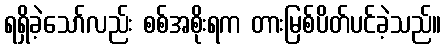
ရရှိခဲ့သော်လည်း စစ်အစိုးရက တားမြစ်ပိတ်ပင်ခဲ့သည်။